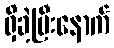
ရှိခဲ့ပြီးနောက်